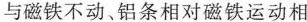
与磁铁不动、铝条相对磁铁运动相